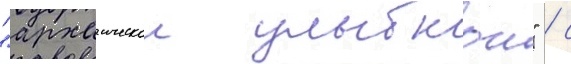
"архаическои улыбкои" / с